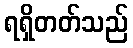
ရရှိတတ်သည်